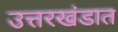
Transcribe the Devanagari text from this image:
उत्तरखंडात